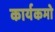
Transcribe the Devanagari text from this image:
कार्यकमो